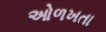
ઓળખતા